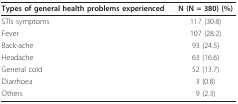
<table><thead><tr><td><b>Types of general health problems experienced</b></td><td><b>N (N = 380) (%)</b></td></tr></thead><tbody><tr><td>STIs symptoms</td><td>117 (30.8)</td></tr><tr><td>Fever</td><td>107 (28.2)</td></tr><tr><td>Back-ache</td><td>93 (24.5)</td></tr><tr><td>Headache</td><td>63 (16.6)</td></tr><tr><td>General cold</td><td>52 (13.7)</td></tr><tr><td>Diarrhoea</td><td>3 (0.8)</td></tr><tr><td>Others</td><td>9 (2.3)</td></tr></tbody></table>